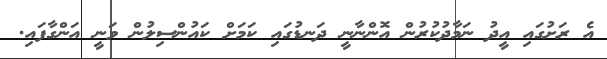
އެ ރަށުގައި އީދު ނަމާދުކުރުން އޮންނާނީ ދަނޑުގައި ކަމަށް ކައުންސިލުން ވަނީ އަންގާފައި.